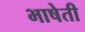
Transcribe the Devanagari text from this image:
भाषेती